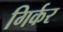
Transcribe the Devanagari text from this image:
गिर्कर